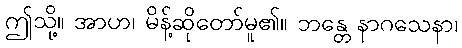
ဤသို့။ အာဟ၊ မိန့်ဆိုတော်မူ၏။ ဘန္တေ နာဂသေနာ၊